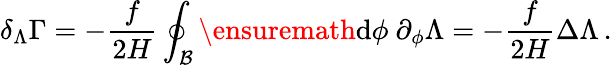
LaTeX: \delta_{\Lambda}\Gamma=-\frac{f}{2H}\oint_{{\cal B}}\ensuremath{\operatorname{d}\! {}\phi\ \partial_{\phi}}\Lambda=-\frac{f}{2H}\Delta\Lambda\, .